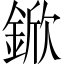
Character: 鍁